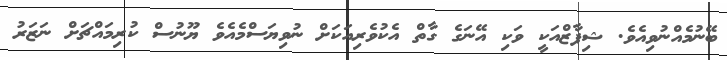
ބޭނުމެއްނުވިއެވެ. ޝިފާޒްއަކީ ވަކި އޭނަގެ ގާތް އެކުވެރިއަކަށް ނުވިޔަސްމެއެވެ ޔޫނުސް ކުރިމައްޗަށް ނަޒަރު